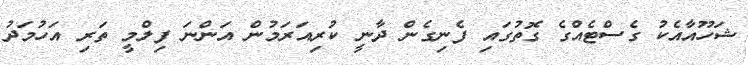
ޝަހޫއާއެކު ގެސްޓެއްގެ ގޮތުގައި ފެނިގެން ދާނީ ކުރިއަރަމުން އަންނަ ފިލްމީ ތަރި އަހުމަދު